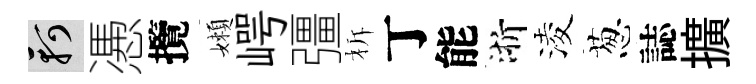
軻慿攬嬾崿彊柝丁能浙淩葱誌擴